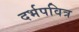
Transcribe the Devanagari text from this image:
दर्भपवित्र